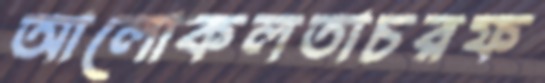
আলোকলতাচরফ